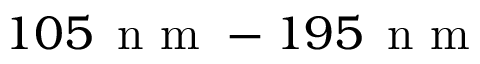
1 0 5 \, \textrm { n m } - 1 9 5 \, \textrm { n m }